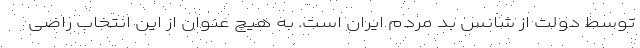
توسط دولت از شانس بد مردم ایران است. به هیچ عنوان از این انتخاب راضی